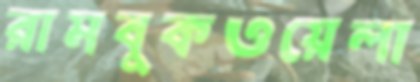
রামবুকওয়েলা